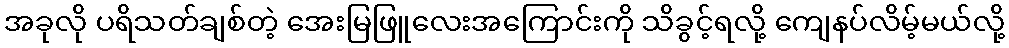
အခုလို ပရိသတ်ချစ်တဲ့ အေးမြဖြူလေးအကြောင်းကို သိခွင့်ရလို့ ကျေနပ်လိမ့်မယ်လို့